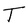
Character: T